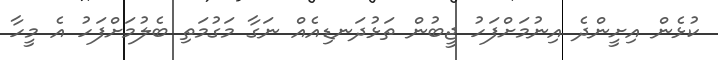
ކުޅެން އިށީންދެ އިނުމަށްފަހު ޖީބުން ތަޅުދަނޑިއެއް ނަގާ މަގުމަތި ބެލުމަށްފަހު އެ މީހާ